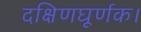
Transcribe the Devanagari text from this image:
दक्षिणघूर्णक।